Sanitation, dispensaries and jails vaccination Rajputana 1922-1927 - 1922-1927
Year: 1922
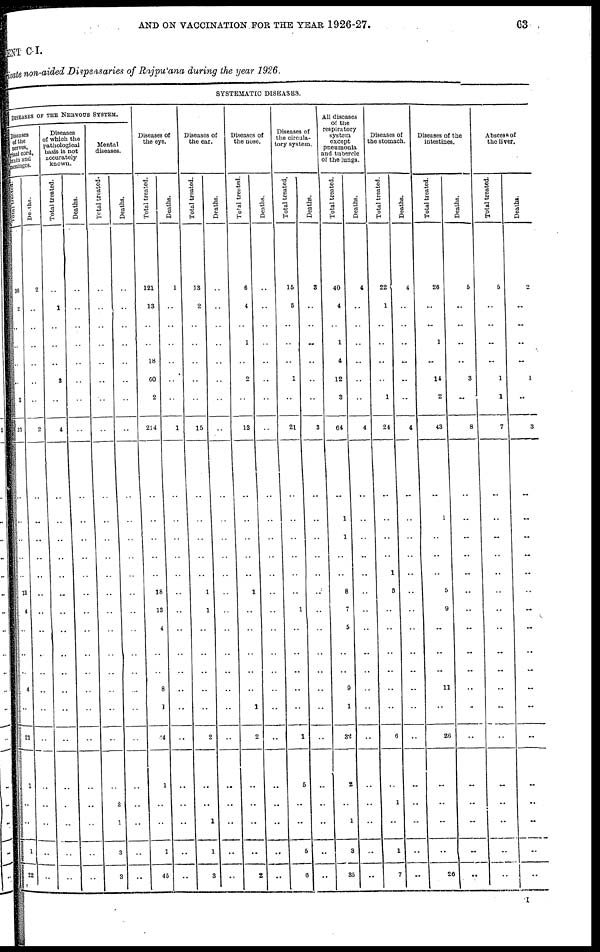
AND ON VACCINATION FOR THE YEAR 1926-27.
63
MENT C-I.
Private non-aided Dispensaries of Rajputana during the year 1926.
SYSTEMATIC DISEASES.
DISEASES OF THE NERVOUS SYSTEM.
Diseases
of the
nerves,
spinal cord,
brain and
meninges.
Total treated.
30
2
..
..
..
..
1
33
..
..
..
..
..
13
4
..
..
..
4
..
21
.1
..
..
1
22
Deaths.
2
..
..
..
..
..
..
2
..
..
..
..
..
..
..
..
..
..
..
..
..
..
..
..
..
..
Diseases
of which the
pathological
basis is not
accurately
known.
Total treated.
..
1
..
..
..
3
..
4
..
..
..
..
..
..
..
..
..
..
..
..
..
..
..
..
..
..
Deaths.
..
..
..
..
..
..
..
..
..
..
..
..
..
..
..
..
..
..
..
..
..
..
..
..
..
..
Mental
diseases.
Total treated.
..
..
..
..
..
..
..
..
..
..
..
..
..
..
..
..
..
..
..
..
..
..
2
1
3
3
Deaths.
..
..
..
..
..
..
..
..
..
..
..
..
..
..
..
..
..
..
..
..
..
..
..
..
..
..
Diseases of
the eye.
Total treated.
121
13
..
..
18
60
2
214
..
..
..
..
..
18
13
4
..
..
8
1
44
1
..
..
1
45
Deaths.
1
..
..
..
..
..
..
1
..
..
..
..
..
..
..
..
..
..
..
..
..
..
..
..
..
..
Diseases of
the ear.
Total treated.
13
2
..
..
..
..
..
15
..
..
..
..
..
1
1
..
..
..
..
..
2
..
..
1
1
3
Deaths.
..
..
..
..
..
..
..
..
..
..
..
..
..
..
..
..
..
..
..
..
..
..
..
..
..
..
Diseases of
the nose.
Total treated.
6
4
..
1
..
2
..
13
..
..
..
..
..
1
..
..
..
..
..
1
2
..
..
..
..
2
Deaths.
..
..
..
..
..
..
..
..
..
..
..
..
..
..
..
..
..
..
..
..
..
..
..
..
..
..
Diseases of the circula¬
tory system.
Total treated.
15
5
..
..
..
1
..
21
..
..
..
..
..
..
1
..
..
..
..
..
1
5
..
..
5
6
Deaths.
3
..
..
..
..
..
..
3
..
..
..
..
..
..
..
..
..
..
..
..
..
..
..
..
..
..
All diseases
of the
respiratory
system
except
pneumonia
and tubercle
of the lungs.
Total treated.
40
4
..
1
4
12
3
64
..
1
1
..
..
8
7
5
..
..
9
1
32
2
..
1
3
35
Deaths.
4
..
..
..
..
..
..
4
..
..
..
..
..
..
..
..
..
..
..
..
..
..
..
..
..
..
Diseases of the stomach.
Total treated.
22
1
..
..
..
..
1
24
..
..
..
..
1
5
..
..
..
..
..
..
6
..
1
..
1
7
Deaths.
4
..
..
..
..
..
..
4
..
..
..
..
..
..
..
..
..
..
..
..
..
..
..
..
..
..
Diseases of the
intestines.
Total treated.
26
..
..
1
..
14
2
43
..
1
..
..
..
5
9
..
..
..
11
..
26
..
..
..
..
26
Deaths.
5
..
..
..
..
3
..
8
..
..
..
..
..
..
..
..
..
..
..
..
..
..
..
..
..
..
Abscess of
the liver.
Total treated.
5
..
..
..
..
1
1
7
..
..
..
..
..
..
..
..
..
..
..
..
..
..
..
..
..
..
Deaths.
2
..
..
..
..
1
..
3
..
..
..
..
..
..
..
..
..
..
..
..
..
..
..
..
..
..
I